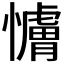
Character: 𫻖